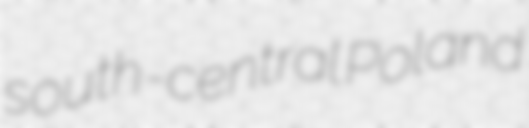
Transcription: south-central Poland